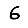
Digit: 6